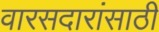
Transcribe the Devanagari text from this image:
वारसदारांसाठी